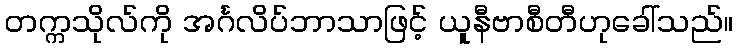
တက္ကသိုလ်ကို အင်္ဂလိပ်ဘာသာဖြင့် ယူနီဗာစီတီဟုခေါ်သည်။